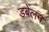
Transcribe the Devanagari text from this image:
डबेलन